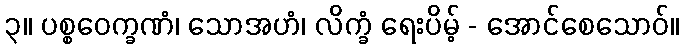
၃။ ပစ္စဝေက္ခဏံ၊ သောအဟံ၊ လိက္ခံ ရေးပိမ့် - အောင်စေသောဝ်။